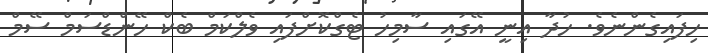
ހިފައިގެންނެވެ. ހުދާ އިނީ އޭގައި ސާމިހު ޓެގްކޮށްފައި ވެލްކަމް ބެކް ހޭންޑްސަމް ސޭމް